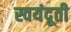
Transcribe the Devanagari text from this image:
स्वयंदूती